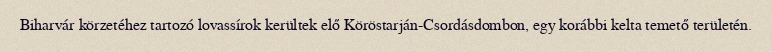
Biharvár körzetéhez tartozó lovassírok kerültek elő Köröstarján-Csordásdombon, egy korábbi kelta temető területén.